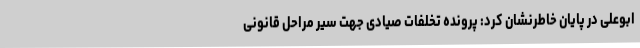
ابوعلی در پایان خاطرنشان کرد: پرونده تخلفات صیادی جهت سیر مراحل قانونی